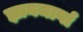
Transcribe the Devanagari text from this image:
ज्ञानमार्गा